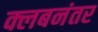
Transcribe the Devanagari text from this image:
क्लबनंतर